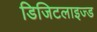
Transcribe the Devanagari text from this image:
डिजिटलाइज्ड